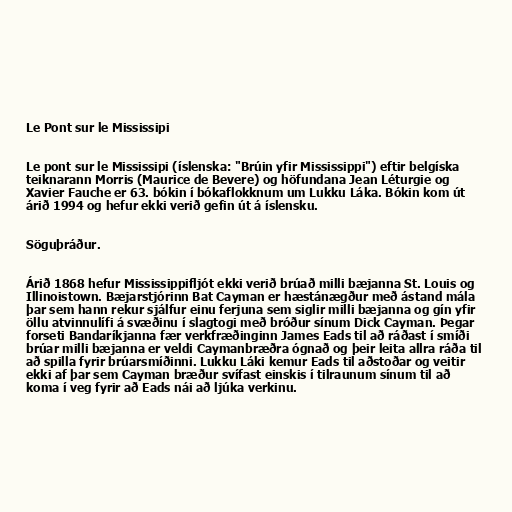
Le Pont sur le Mississipi

Le pont sur le Mississipi (íslenska: "Brúin yfir Mississippi") eftir belgíska
teiknarann Morris (Maurice de Bevere) og höfundana Jean Léturgie og
Xavier Fauche er 63. bókin í bókaflokknum um Lukku Láka. Bókin kom út
árið 1994 og hefur ekki verið gefin út á íslensku.

Söguþráður.

Árið 1868 hefur Mississippifljót ekki verið brúað milli bæjanna St. Louis og
Illinoistown. Bæjarstjórinn Bat Cayman er hæstánægður með ástand mála
þar sem hann rekur sjálfur einu ferjuna sem siglir milli bæjanna og gín yfir
öllu atvinnulífi á svæðinu í slagtogi með bróður sínum Dick Cayman. Þegar
forseti Bandaríkjanna fær verkfræðinginn James Eads til að ráðast í smíði
brúar milli bæjanna er veldi Caymanbræðra ógnað og þeir leita allra ráða til
að spilla fyrir brúarsmíðinni. Lukku Láki kemur Eads til aðstoðar og veitir
ekki af þar sem Cayman bræður svífast einskis í tilraunum sínum til að
koma í veg fyrir að Eads nái að ljúka verkinu.